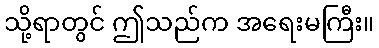
သို့ရာတွင် ဤသည်က အရေးမကြီး။